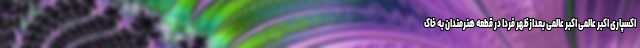
اکسپاری اکبر عالمی اکبر عالمی بعدازظهر فردا در قطعه هنرمندان به خاک